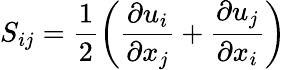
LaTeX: S_{ij}=\frac{1}{2}\left(\frac{\partial u_{i}}{\partial x_{j}}+\frac{\partial u_{j}}{\partial x_{i}}\right)